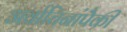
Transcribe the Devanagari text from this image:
अर्वाचिनांपैकी